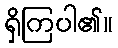
ရှိကြပါ၏။